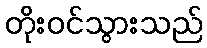
တိုးဝင်သွားသည်